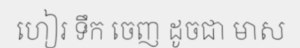
ហៀរ ទឹក ចេញ ដូចជា មាស